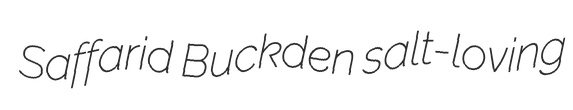
Saffarid Buckden salt-loving